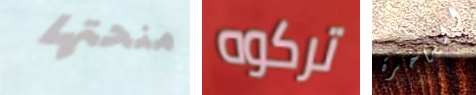
منحتها تركوه الساخرة